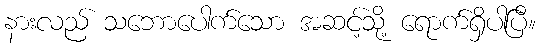
နားလည် သဘောပေါက်သော အဆင့်သို့ ရောက်ရှိပါပြီ။